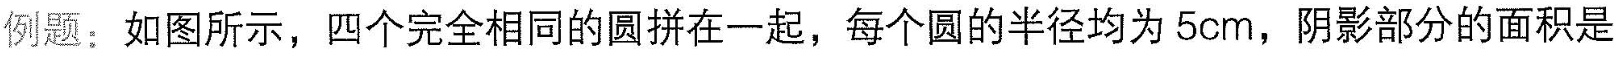
例题：如图所示，四个完全相同的圆拼在一起，每个圆的半径均为5cm，阴影部分的面积是